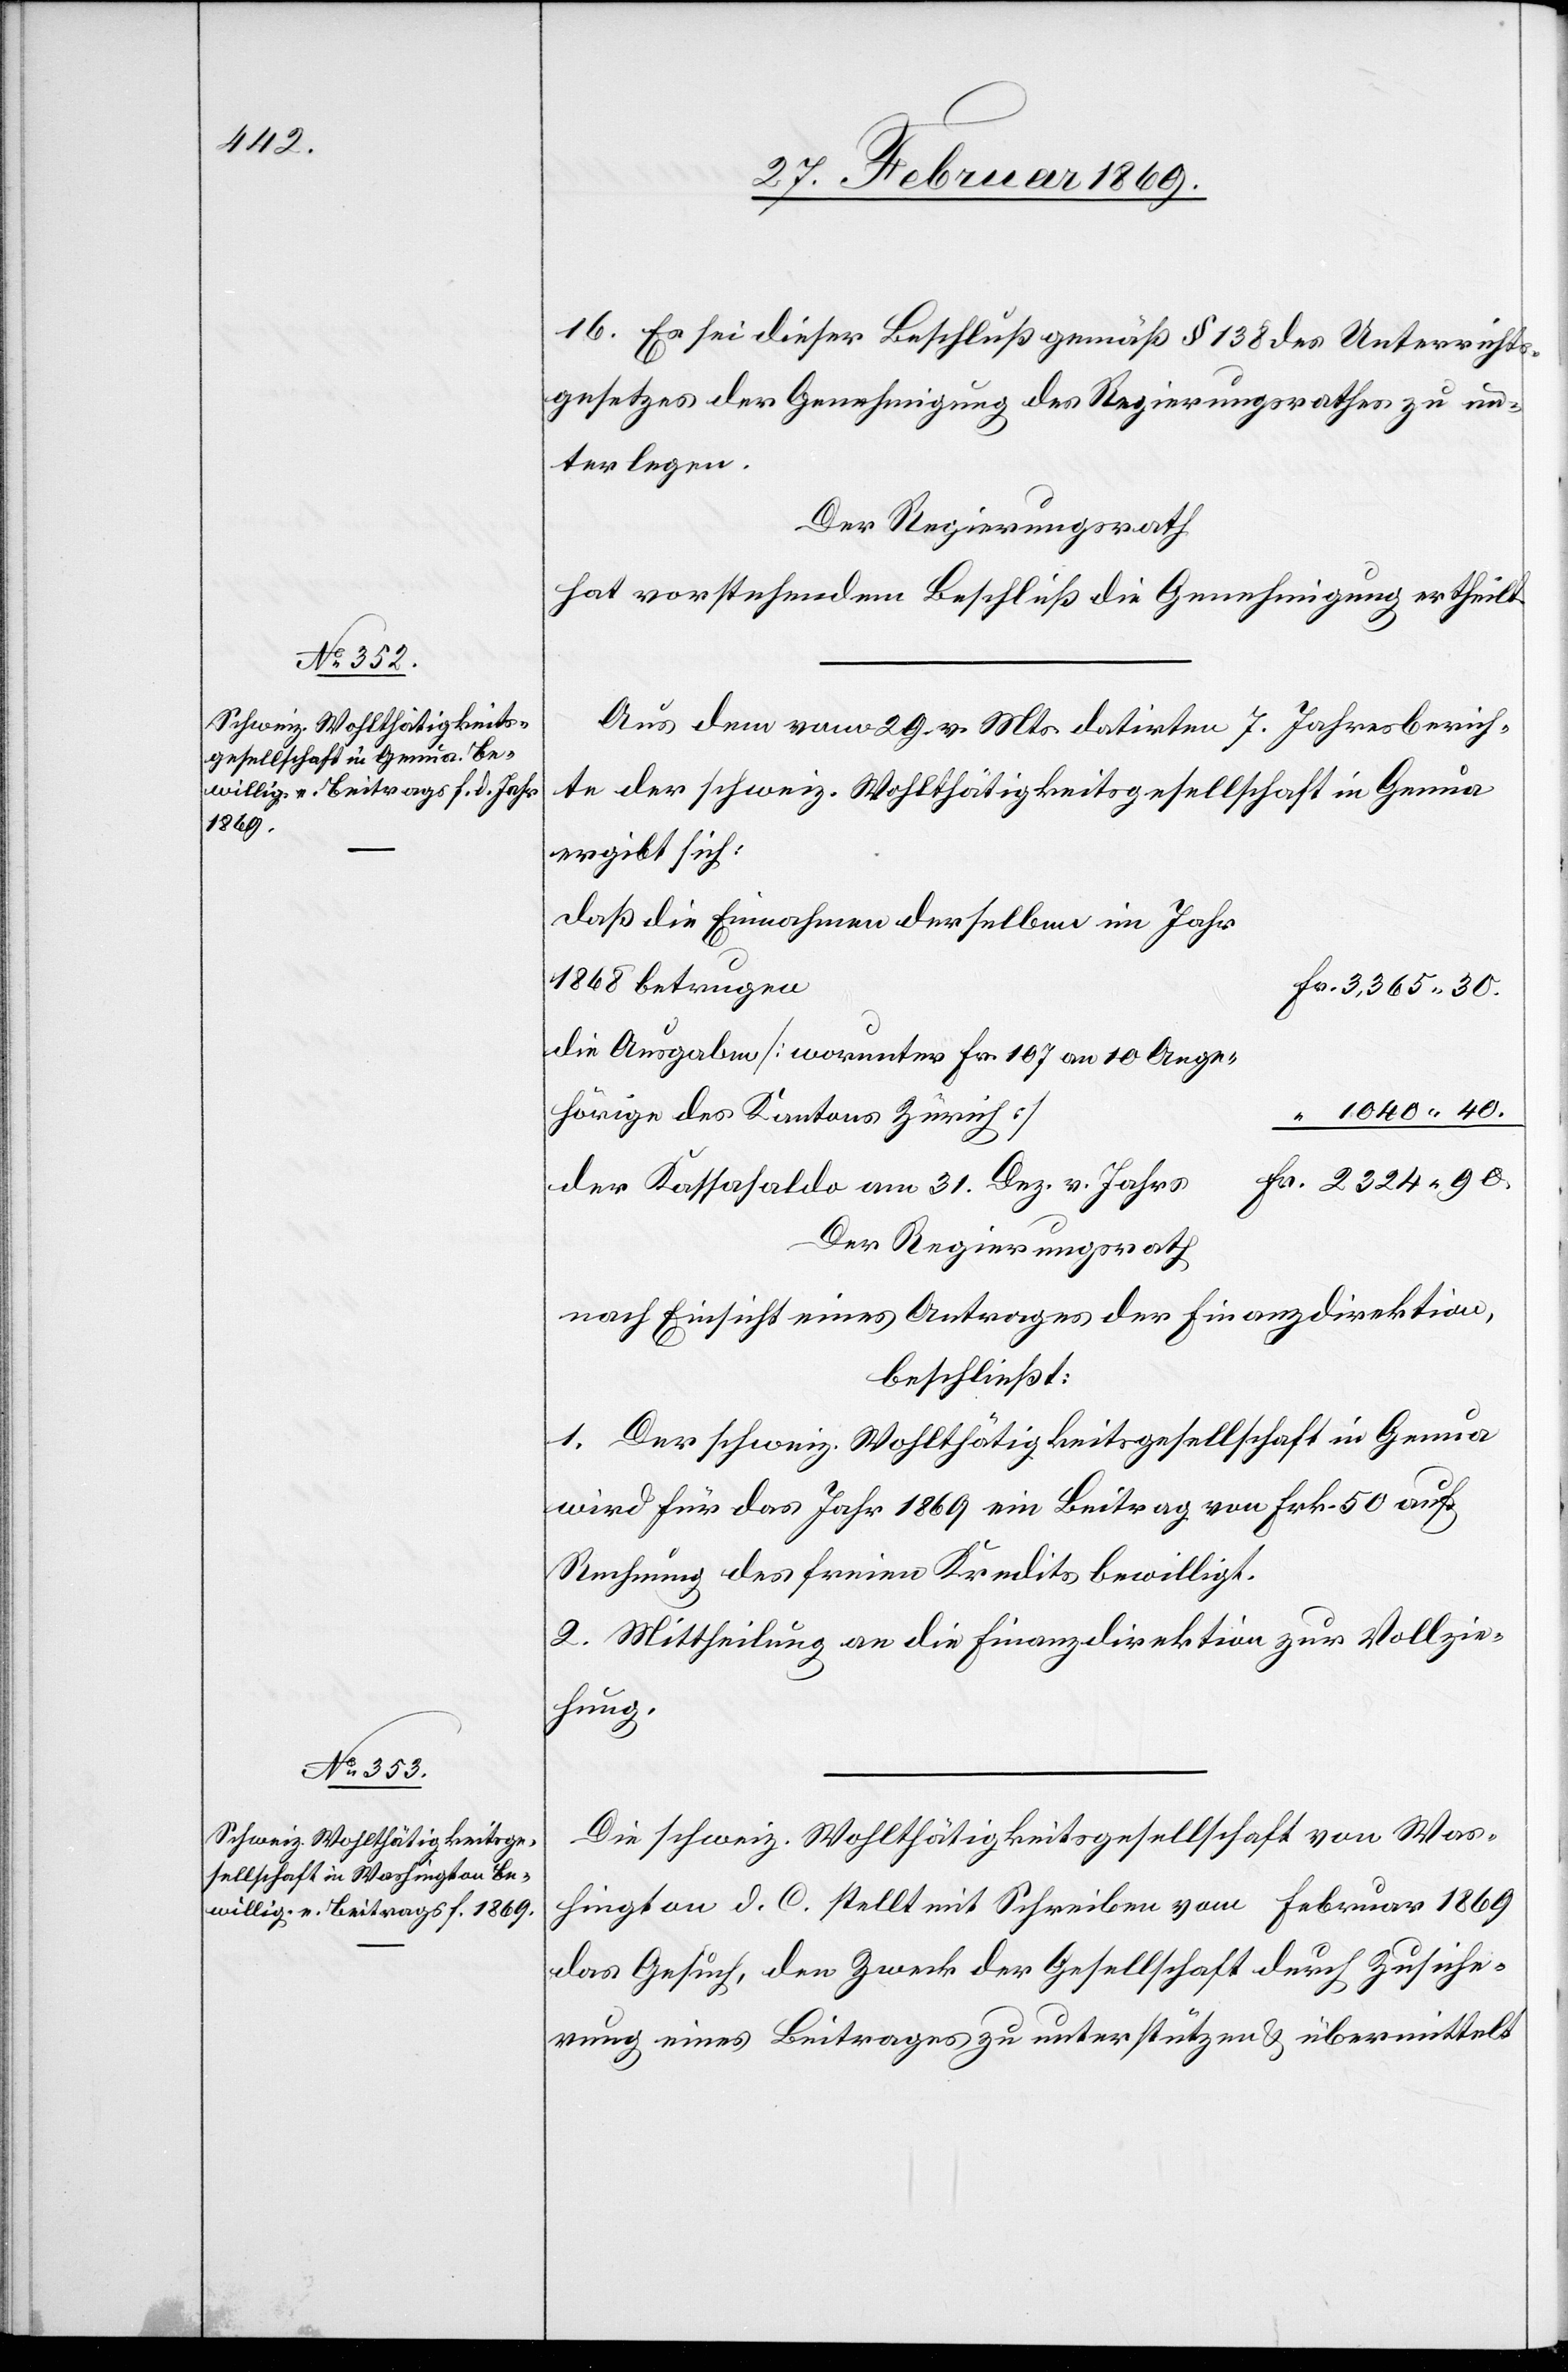
16. Es sei dieser Beschluß gemäß § 138 des Unterrichts¬
gesetzes der Genehmigung des Regierungsrathes zu un¬
terlegen.
Der Regierungsrath
hat vorstehendem Beschluß die Genehmigung ertheilt.
Aus dem vom 29. v. Mts. datirten 7. Jahresberich¬
te der schweiz. Wohlthätigkeitsgesellschaft in Genua
ergibt sich:
daß die Einnahmen derselben im Jahr
1868 betrugen
die Ausgaben [worunter Fr. 107 an 10 Ange¬
hörige des Kantons Zürich]
Der Kassasaldo am 31. Dez. v. Jahres
Der Regierungsrath
nach Einsicht eines Antrages der Finanzdirektion,
beschließt:
1. Der schweiz. Wohlthätigkeitsgesellschaft in Genua
wird für das Jahr 1869 ein Beitrag von Frk. 50 auf
Rechnung des freien Kredites bewilligt.
2. Mittheilung an die Finanzdirektion zur Vollzie¬
hung.
Die schweiz. Wohlthätigkeitsgesellschaft von Was¬
hington d. C. stellt mit Schreiben vom Februar 1869
das Gesuch, den Zweck der Gesellschaft durch Zusiche¬
rung eines Beitrages zu unterstützen & übermittelt